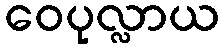
ဝေပုလ္လာယ